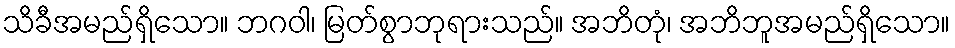
သိခီအမည်ရှိသော။ ဘဂဝါ၊ မြတ်စွာဘုရားသည်။ အဘိတုံ၊ အဘိဘူအမည်ရှိသော။